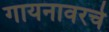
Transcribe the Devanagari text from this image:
गायनावरचे